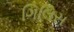
ગિલિસ